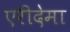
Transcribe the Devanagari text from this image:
एरीदेमा